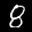
Label: 8